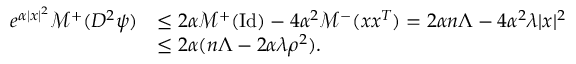
\begin{array} { r l } { e ^ { \alpha | x | ^ { 2 } } \mathcal { M } ^ { + } ( D ^ { 2 } \psi ) } & { \leq 2 \alpha \mathcal { M } ^ { + } ( \mathrm { I d } ) - 4 \alpha ^ { 2 } \mathcal { M } ^ { - } ( x x ^ { T } ) = 2 \alpha n \Lambda - 4 \alpha ^ { 2 } \lambda | x | ^ { 2 } } \\ & { \leq 2 \alpha ( n \Lambda - 2 \alpha \lambda \rho ^ { 2 } ) . } \end{array}